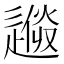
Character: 𨕼